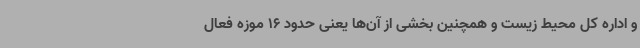
و اداره کل محیط زیست و همچنین بخشی از آن‌ها یعنی حدود 16 موزه فعال